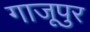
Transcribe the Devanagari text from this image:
गाजूपुर